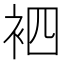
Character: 𮕳